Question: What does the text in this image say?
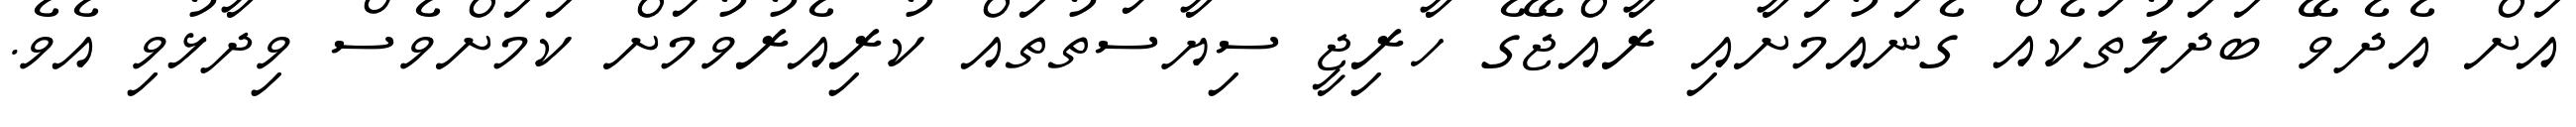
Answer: އަށް އެދެވޭ ބަދަލުތަކެއް ގެނައުމަށާއި ރާއްޖޭގެ ހާރިޖީ ސިޔާސަތުތައް ކުރިއެރުވުމަށް ކަމަށްވެސް ވިދާޅުވި އެވެ.